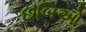
છબિઓ